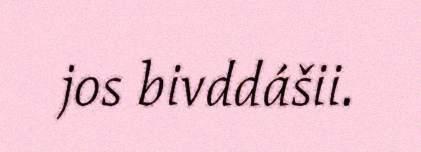
jos bivddášii.